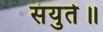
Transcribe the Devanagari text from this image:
संयुते॥